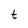
Character: t